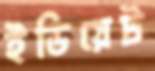
ইডিয়েট